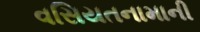
વસિયતનામાની